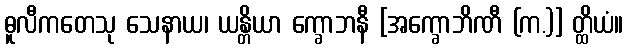
ဓူလီကတေသု သေနာယ၊ ယန္တိယာ က္ခောဘနီ [အက္ခောဘိဏီ (က.)] တ္ထိယံ။